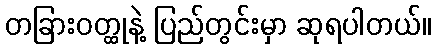
တခြားဝတ္ထုနဲ့ ပြည်တွင်းမှာ ဆုရပါတယ်။